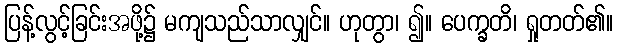
ပြန့်လွင့်ခြင်းအဖို့၌ မကျသည်သာလျှင်။ ဟုတွာ၊ ၍။ ပေက္ခတိ၊ ရှုတတ်၏။